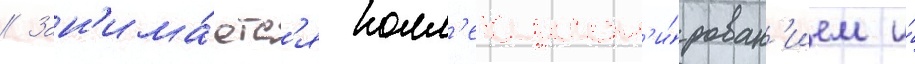
// Зан'има́етс'я колл'екцион'и́рован'ием и́